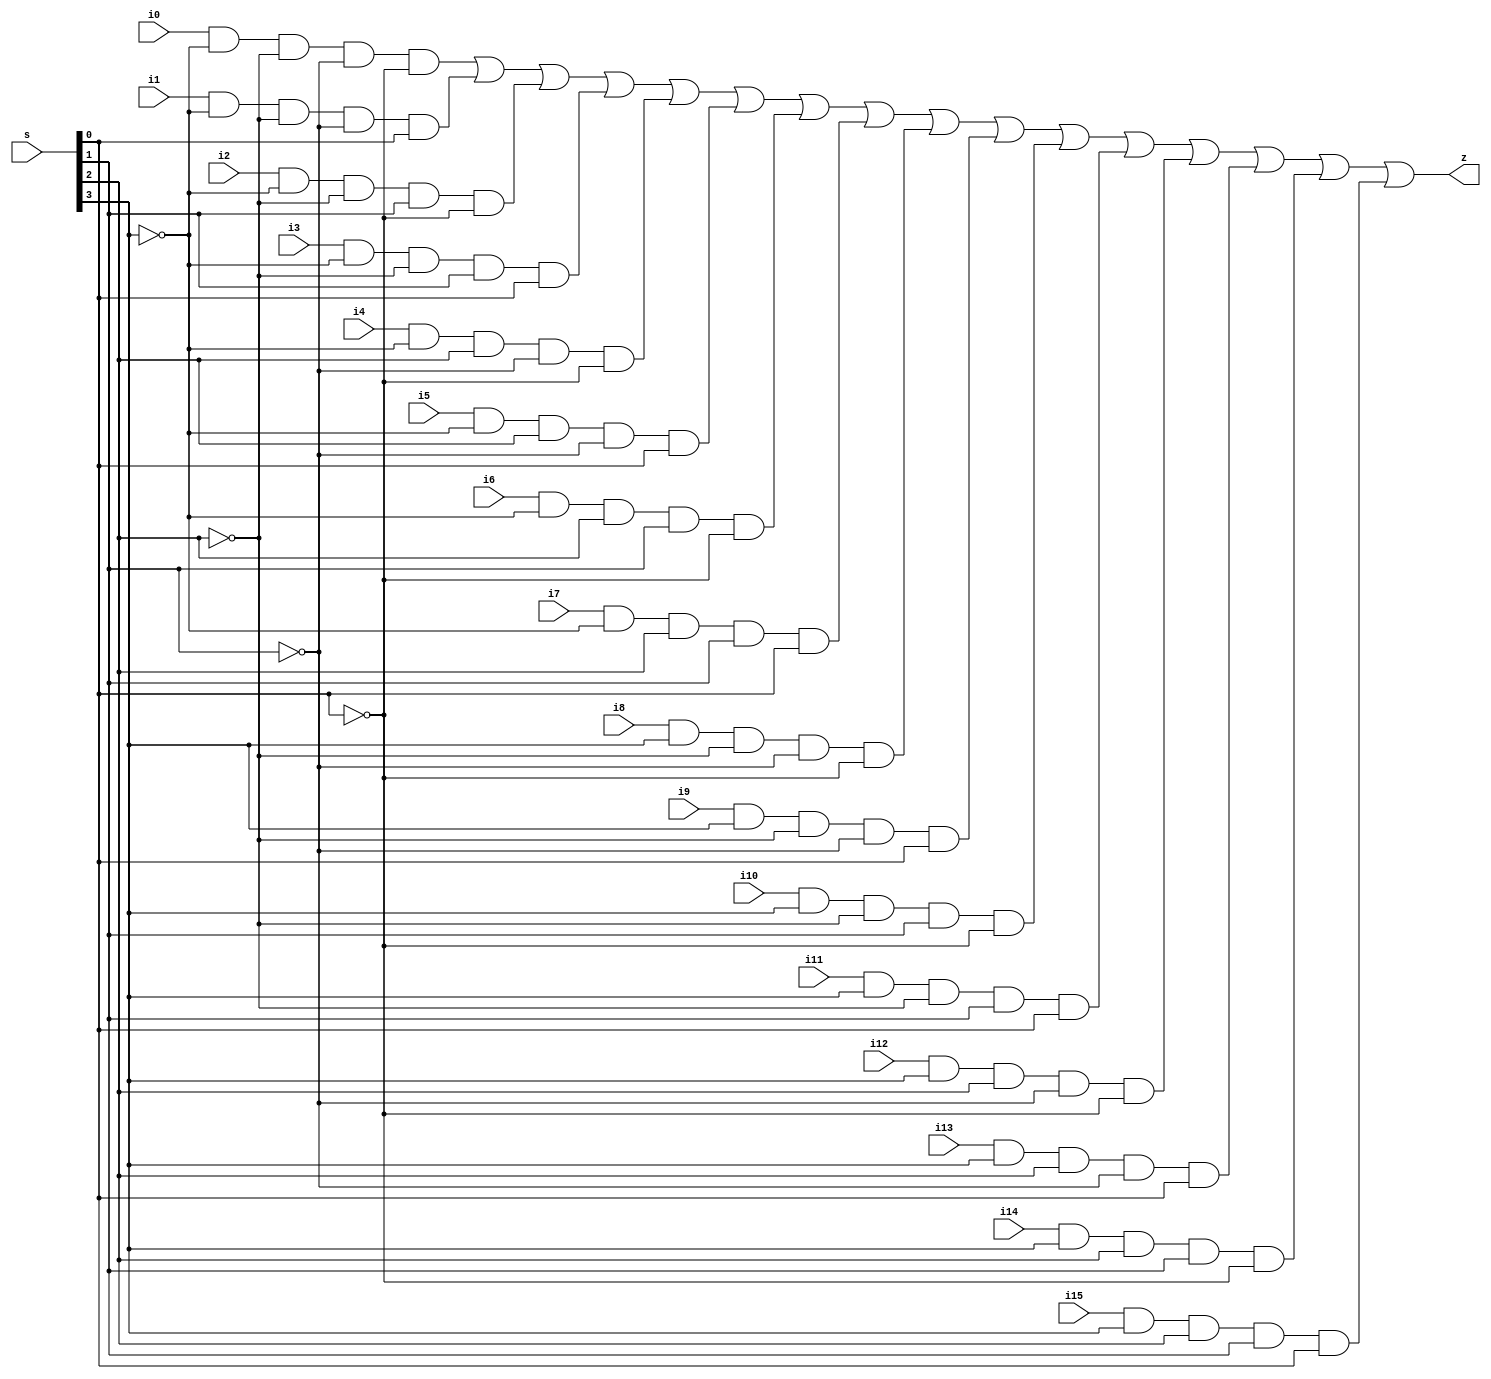
module mux_16to1 (
  input [3:0] s,
  input  i15, i14, i13, i12, i11, i10, i9, i8, i7,i6, i5, i4, i3, i2, i1, i0,
  output z);

wire int0 , int1 , int2 , int3 , int4 , int5 , int6 , int7; 
wire int8 , int9 , int10, int11, int12, int13, int14, int15;
 
not (s0_bar, s[0]);
not (s1_bar, s[1]);
not (s2_bar, s[2]);
not (s3_bar, s[3]);

and(int0 , i0 , s3_bar , s2_bar , s1_bar , s0_bar );
and(int1 , i1 , s3_bar , s2_bar , s1_bar , s[0]   );
and(int2 , i2 , s3_bar , s2_bar , s[1]   , s0_bar );
and(int3 , i3 , s3_bar , s2_bar , s[1]   , s[0]   );
and(int4 , i4 , s3_bar , s[2]   , s1_bar , s0_bar );
and(int5 , i5 , s3_bar , s[2]   , s1_bar , s[0]   );
and(int6 , i6 , s3_bar , s[2]   , s[1]   , s0_bar );
and(int7 , i7 , s3_bar , s[2]   , s[1]   , s[0]   );
and(int8 , i8 , s[3]   , s2_bar , s1_bar , s0_bar );
and(int9 , i9 , s[3]   , s2_bar , s1_bar , s[0]   );
and(int10, i10, s[3]   , s2_bar , s[1]   , s0_bar );
and(int11, i11, s[3]   , s2_bar , s[1]   , s[0]   );
and(int12, i12, s[3]   , s[2]   , s1_bar , s0_bar );
and(int13, i13, s[3]   , s[2]   , s1_bar , s[0]   );
and(int14, i14, s[3]   , s[2]   , s[1]   , s0_bar );
and(int15, i15, s[3]   , s[2]   , s[1]   , s[0]   );

or (z, int0, int1, int2, int3, int4, int5, int6, int7, int8, int9, int10, int11, int12, int13, int14, int15); 

//or (int16, int0 , int1 );
//or (int17, int2 , int3 );
//or (int18, int4 , int5 );
//or (int19, int6 , int7 );
//or (int20, int8 , int9 );
//or (int21, int10, int11);
//or (int22, int12, int13);
//or (int23, int14, int15);
//or (int24, int16, int17);
//or (int25, int18, int19);
//or (int26, int20, int21);
//or (int27, int22, int23);
//or (int28, int24, int25);
//or (int29, int26, int27);
//or (z    , int28, int29);

endmodule